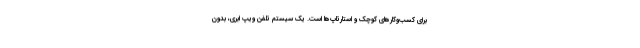
برای کسب‌وکارهای کوچک و استارتاپ‌ها است. یک سیستم تلفن ویپ ابری، بدون